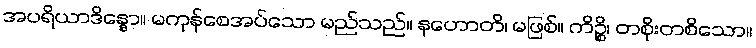
အပရိယာဒိန္နော။ မကုန်စေအပ်သော မည်သည်။ နဟောတိ၊ မဖြစ်။ ကိဉ္စိ၊ တစိုးတစိသော။